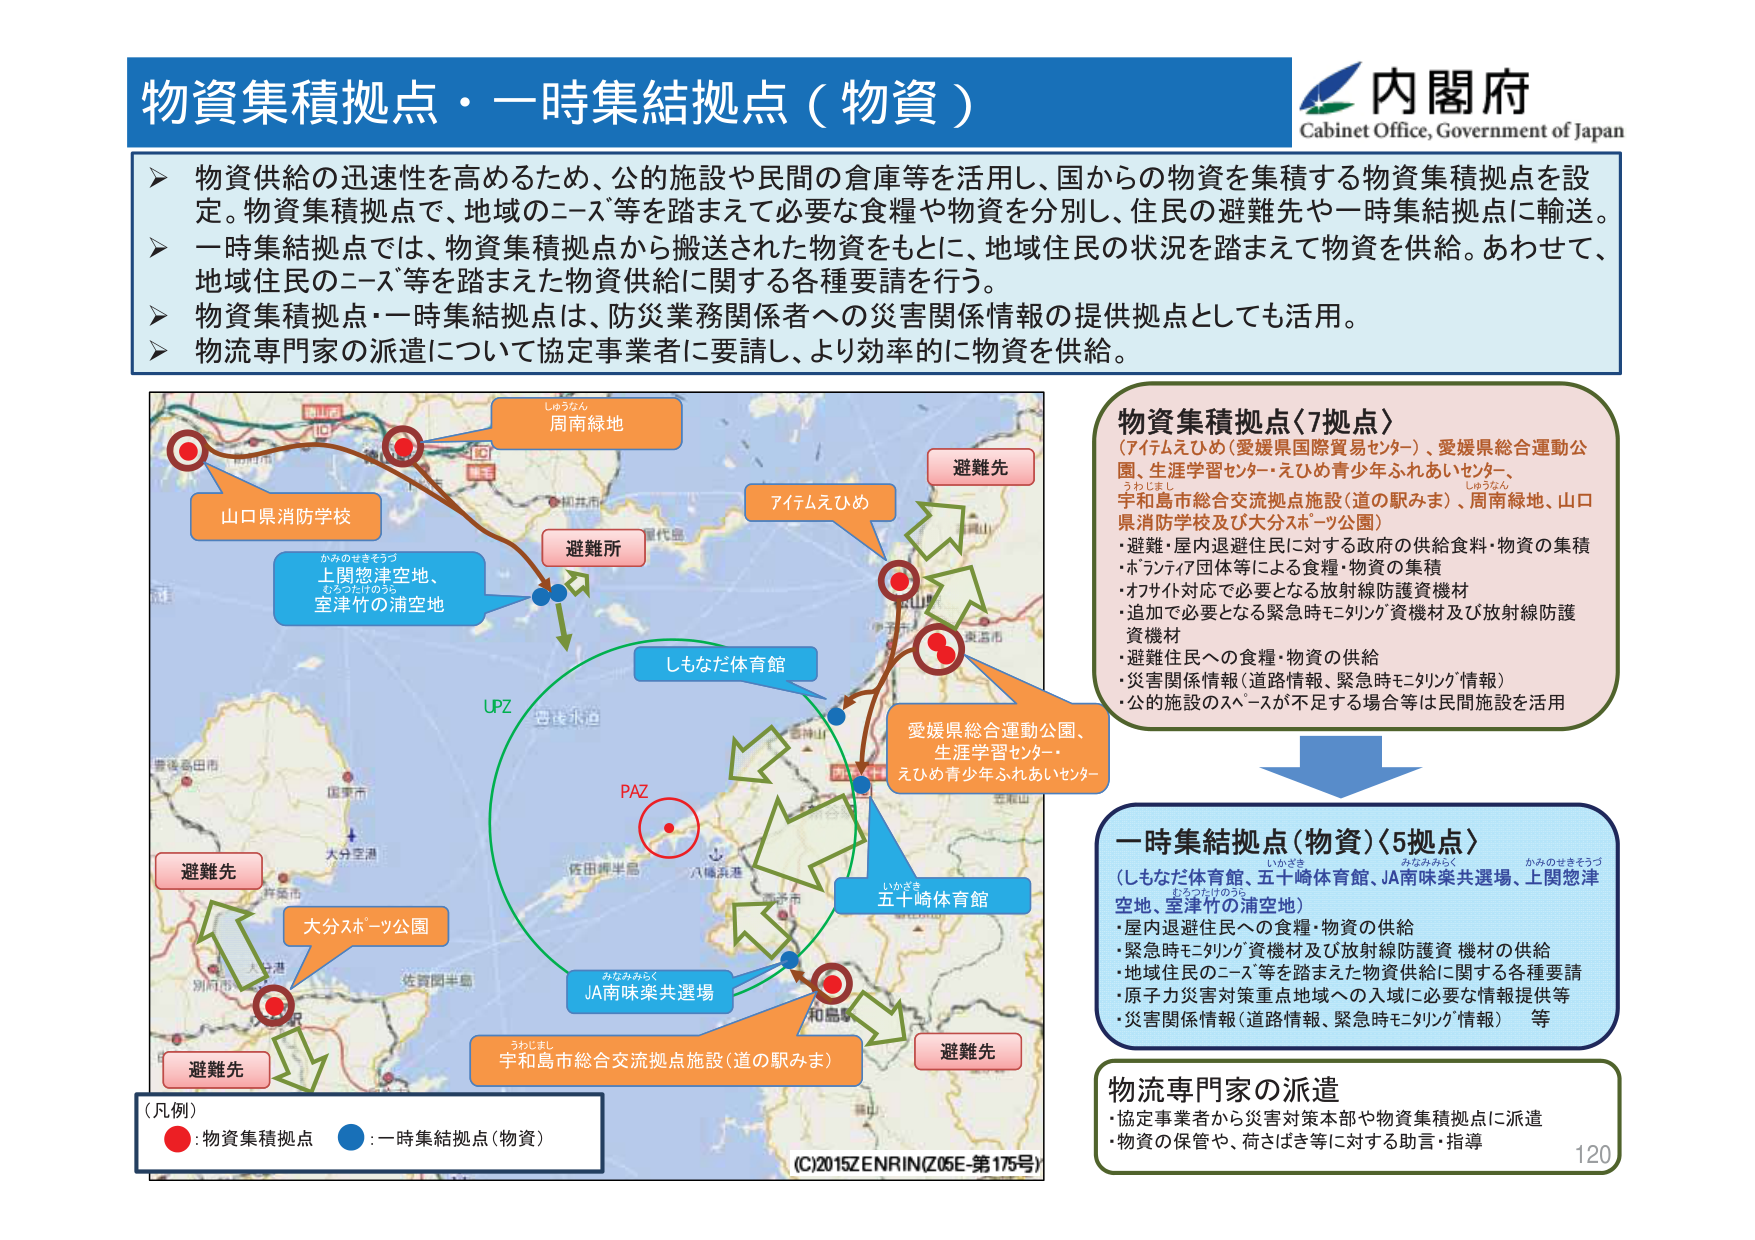
物資集積拠点・一時集結拠点（物資）

内閣府
Cabinet Office, Government of Japan

▶ 物資供給の迅速性を高めるため、公的施設や民間の倉庫等を活用し、国からの物資を集積する物資集積拠点を設定。物資集積拠点で、地域のニーズ等を踏まえて必要な食糧や物資を分別し、住民の避難先や一時集結拠点に輸送。
▶ 一時集結拠点では、物資集積拠点から搬送された物資をもとに、地域住民の状況を踏まえて物資を供給。あわせて、地域住民のニーズ等を踏まえた物資供給に関する各種要請を行う。
▶ 物資集積拠点・一時集結拠点は、防災業務関係者への災害関係情報の提供拠点としても活用。
▶ 物流専門家の派遣について協定事業者に要請し、より効率的に物資を供給。

（凡例）
● : 物資集積拠点
● : 一時集結拠点（物資）

山口県消防学校
周南緑地
上関悠津空地、室津竹の浦空地
アイテムえひめ
避難所
避難先
しもなだ体育館
愛媛県総合運動公園、生涯学習センター、えひめ青少年ふれあいセンター
五十崎体育館
JA南味楽共選場
宇和島市総合交流拠点施設（道の駅みま）
大分スポーツ公園
避難先
避難先
避難先

物資集積拠点〈7拠点〉
（アイテムえひめ（愛媛県国際貿易センター）、愛媛県総合運動公園、生涯学習センター・えひめ青少年ふれあいセンター、宇和島市総合交流拠点施設（道の駅みま）、周南緑地、山口県消防学校及び大分スポーツ公園）
・避難・屋内退避住民に対する政府の供給食料・物資の集積
・ボランティア団体等による食糧・物資の集積
・オフサイト対応で必要となる放射線防護資機材
・追加で必要となる緊急時モービリティ資機材及び放射線防護資機材
・避難住民への食糧・物資の供給
・災害関係情報（道路情報、緊急時モービリティ情報）
・公的施設のスペースが不足する場合等は民間施設を活用

一時集結拠点（物資）〈5拠点〉
（しもなだ体育館、五十崎体育館、JA南味楽共選場、上関悠津空地、室津竹の浦空地）
・屋内退避住民への食糧・物資の供給
・緊急時モービリティ資機材及び放射線防護資機材の供給
・地域住民のニーズ等を踏まえた物資供給に関する各種要請
・原子力災害対策重点地域への入域に必要な情報提供等
・災害関係情報（道路情報、緊急時モービリティ情報）等

物流専門家の派遣
・協定事業者から災害対策本部や物資集積拠点に派遣
・物資の保管や、荷さばき等に対する助言・指導

(C)2015 ZENRIN(Z05E-第175号)
120